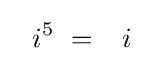
\ \ i^{5}\ ={\phantom {-}}i{\phantom {1}}